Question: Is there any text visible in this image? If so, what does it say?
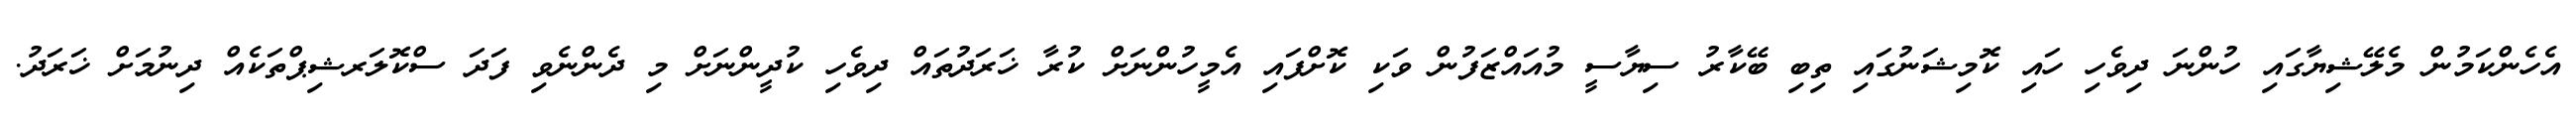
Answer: އެހެންކަމުން މެލޭޝިޔާގައި ހުންނަ ދިވެހި ހައި ކޮމިޝަނުގައި ތިބި ބޭކާރު ސިޔާސީ މުއައްޒަފުން ވަކި ކޮށްފައި އެމީހުންނަށް ކުރާ ޚަރަދުތައް ދިވެހި ކުދީންނަށް މި ދެންނެވި ފަދަ ސްކޮލަރޝިޕްތަކެއް ދިނުމަށް ޚަރަދު.